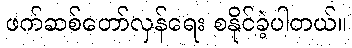
ဖက်ဆစ်တော်လှန်ရေး စနိုင်ခဲ့ပါတယ်။